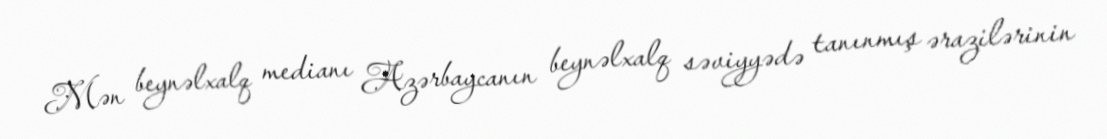
Mən beynəlxalq medianı Azərbaycanın beynəlxalq səviyyədə tanınmış ərazilərinin